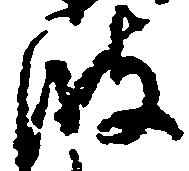
波